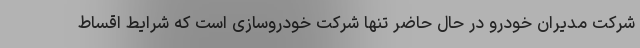
شرکت مدیران خودرو در حال حاضر تنها شرکت خودروسازی است که شرایط اقساط